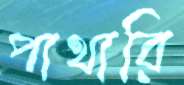
পাথারি